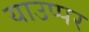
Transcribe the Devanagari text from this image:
याउप्पर